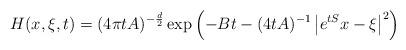
LaTeX: \begin{align*} H(x,\xi,t)=(4\pi t A)^{-\frac{d}{2}}\exp\left(-Bt-(4tA)^{-1}\left|e^{tS}x-\xi\right|^2\right)\end{align*}